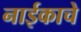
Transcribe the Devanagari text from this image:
नाईकाचे